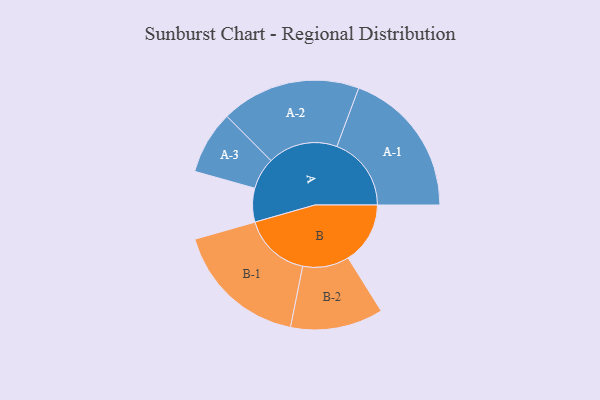
{"axis": {"x": "Segment", "y": "Value"}, "legend": ["", "A", "B"], "data": [{"x": "A", "y": 112, "type": ""}, {"x": "B", "y": 206, "type": ""}, {"x": "A-1", "y": 247, "type": "A"}, {"x": "A-2", "y": 232, "type": "A"}, {"x": "A-3", "y": 105, "type": "A"}, {"x": "B-1", "y": 223, "type": "B"}, {"x": "B-2", "y": 154, "type": "B"}]}